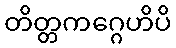
တိတ္တကဂ္ဂေဟိပိ